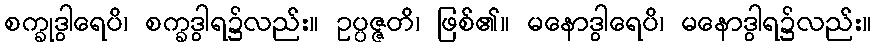
စက္ခုဒွါရေပိ၊ စက္ခဒွါရ၌လည်း။ ဥပ္ပဇ္ဇတိ၊ ဖြစ်၏။ မနောဒွါရေပိ၊ မနောဒွါရ၌လည်း။